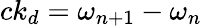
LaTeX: ck_{d}=\omega_{n+1}-\omega_{n}